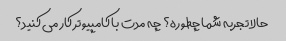
حالا تجربه شما چطوره؟ چه مدت با کامپیوتر کار می کنید؟